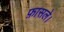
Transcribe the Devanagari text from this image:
फ़ासले।